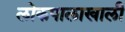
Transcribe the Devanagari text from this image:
लोकपालाखाली